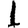
Digit: 1